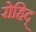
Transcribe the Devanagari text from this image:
रोहिद्